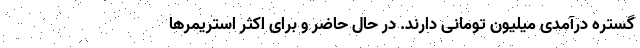
گستره درآمدی میلیون تومانی دارند. در حال حاضر و برای اکثر استریمرها